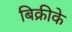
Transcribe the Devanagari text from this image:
बिक्रीके